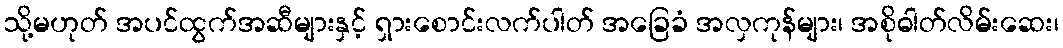
သို့မဟုတ် အပင်ထွက်အဆီများနှင့် ရှားစောင်းလက်ပါတ် အခြေခံ အလှကုန်များ၊ အစိုဓါတ်လိမ်းဆေး၊